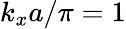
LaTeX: k_{x}a/\pi=1